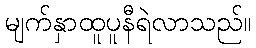
မျက်နှာထူပူနီရဲလာသည်။